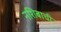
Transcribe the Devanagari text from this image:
नशिबाची